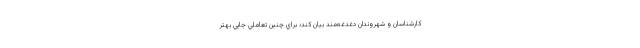
كارشناسان و شهروندان دغدغه‌مند بيان كند؛ براي چنين تعاملي جايي بهتر